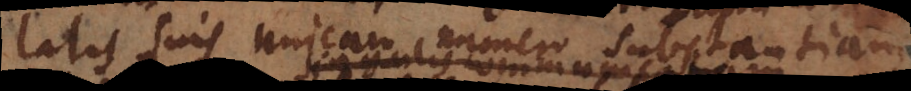
elatis suis unicam numero substantiam